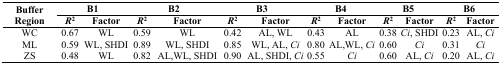
<table><thead><tr><td rowspan="2"><b>Buffer Region</b></td><td colspan="2"><b>B1</b></td><td colspan="2"><b>B2</b></td><td colspan="2"><b>B3</b></td><td colspan="2"><b>B4</b></td><td colspan="2"><b>B5</b></td><td colspan="2"><b>B6</b></td></tr><tr><td><b><i>R</i><sup>2</sup></b></td><td><b>Factor</b></td><td><b><i>R</i><sup>2</sup></b></td><td><b>Factor</b></td><td><b><i>R</i><sup>2</sup></b></td><td><b>Factor</b></td><td><b><i>R</i><sup>2</sup></b></td><td><b>Factor</b></td><td><b><i>R</i><sup>2</sup></b></td><td><b>Factor</b></td><td><b><i>R</i><sup>2</sup></b></td><td><b>Factor</b></td></tr></thead><tbody><tr><td>WC</td><td>0.67</td><td>WL</td><td>0.59</td><td>WL</td><td>0.42</td><td>AL, WL</td><td>0.43</td><td>AL</td><td>0.38</td><td><i>Ci</i>, SHDI</td><td>0.23</td><td>AL, <i>Ci</i></td></tr><tr><td>ML</td><td>0.59</td><td>WL, SHDI</td><td>0.89</td><td>WL, SHDI</td><td>0.85</td><td>WL, AL, <i>Ci</i></td><td>0.80</td><td>AL, WL, <i>Ci</i></td><td>0.60</td><td><i>Ci</i></td><td>0.31</td><td><i>Ci</i></td></tr><tr><td>ZS</td><td>0.48</td><td>WL</td><td>0.82</td><td>AL, WL, SHDI</td><td>0.90</td><td>AL, SHDI, <i>Ci</i></td><td>0.55</td><td><i>Ci</i></td><td>0.60</td><td>AL, <i>Ci</i></td><td>0.20</td><td>AL, <i>Ci</i></td></tr></tbody></table>